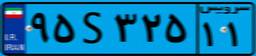
۵۴S۸۹۱۵۱